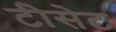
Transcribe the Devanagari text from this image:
टीसेट